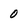
Character: 0